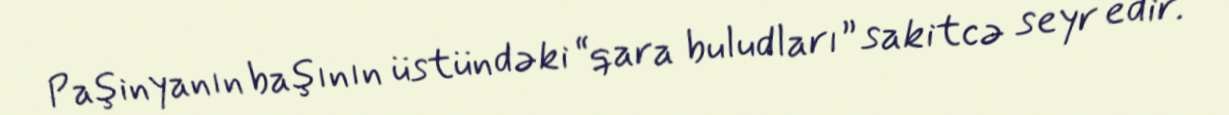
Paşinyanın başının üstündəki “qara buludları” sakitcə seyr edir.